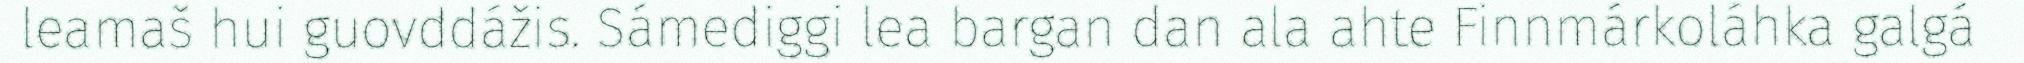
leamaš hui guovddážis. Sámediggi lea bargan dan ala ahte Finnmárkoláhka galgá